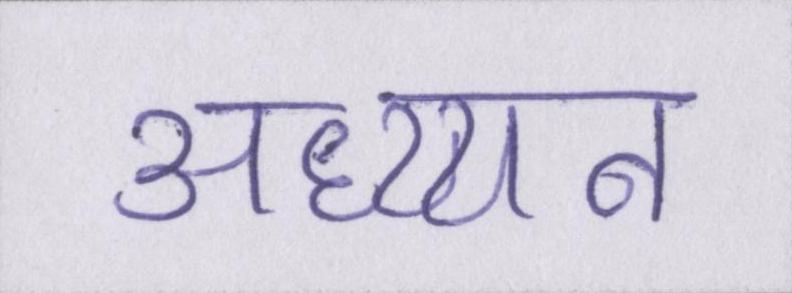
अध्य्यन